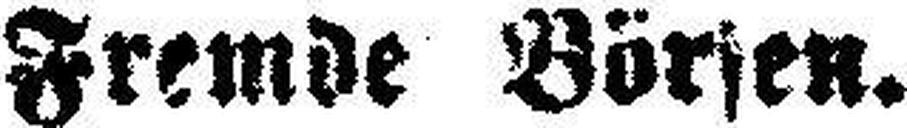
Fremde Börsen.